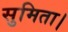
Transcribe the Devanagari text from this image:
सुमिता।